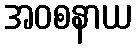
အဝစနာယ